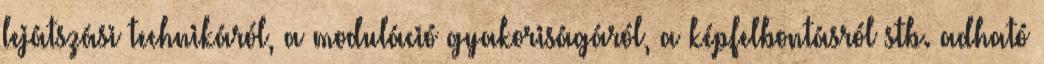
lejátszási technikáról, a moduláció gyakoriságáról, a képfelbontásról stb. adható